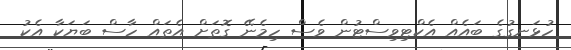
ހުޅަނގުގެ ބައެއް އެކްޓިވިސްޓުން ވެސް ހިމެނޭ ގޮތަށް އެތައް ހާސް ބަޔަކާ އެކު